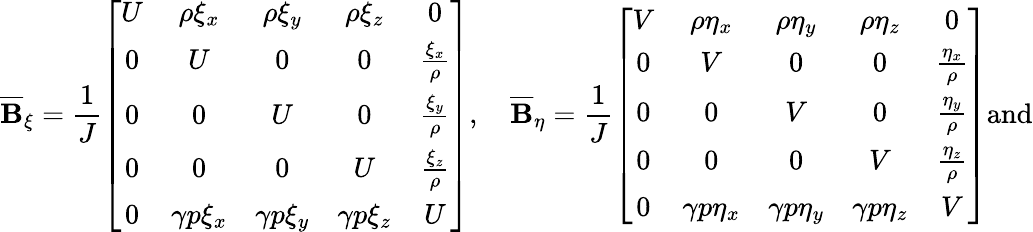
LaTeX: \overline{{\mathbf{B}}}_{\xi}=\frac{1}{J}\left[\begin{array}{ccccc}{U}&{\rho\xi_{x}}&{\rho\xi_{y}}&{\rho\xi_{z}}&{0}\\ {0}&{U}&{0}&{0}&{\frac{\xi_{x}}{\rho}}\\ {0}&{0}&{U}&{0}&{\frac{\xi_{y}}{\rho}}\\ {0}&{0}&{0}&{U}&{\frac{\xi_{z}}{\rho}}\\ {0}&{\gamma p\xi_{x}}&{\gamma p\xi_{y}}&{\gamma p\xi_{z}}&{U}\end{array}\right],\quad\overline{{\mathbf{B}}}_{\eta}=\frac{1}{J}\left[\begin{array}{ccccc}{V}&{\rho\eta_{x}}&{\rho\eta_{y}}&{\rho\eta_{z}}&{0}\\ {0}&{V}&{0}&{0}&{\frac{\eta_{x}}{\rho}}\\ {0}&{0}&{V}&{0}&{\frac{\eta_{y}}{\rho}}\\ {0}&{0}&{0}&{V}&{\frac{\eta_{z}}{\rho}}\\ {0}&{\gamma p\eta_{x}}&{\gamma p\eta_{y}}&{\gamma p\eta_{z}}&{V}\end{array}\right]\mathrm{and}